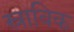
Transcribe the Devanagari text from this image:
स्राविक